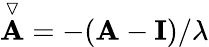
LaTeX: \overset{\triangledown}{\mathbf{A}}=-(\mathbf A-\mathbf I)/\lambda